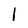
Character: I